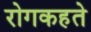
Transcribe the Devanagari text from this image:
रोगकहते